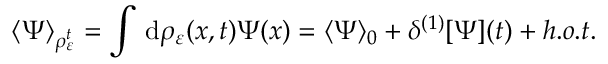
\langle \Psi \rangle _ { \rho _ { \varepsilon } ^ { t } } = \int \, \mathrm { d } \rho _ { \varepsilon } ( \boldsymbol { x } , t ) \Psi ( \boldsymbol { x } ) = \langle \Psi \rangle _ { 0 } + \delta ^ { ( 1 ) } [ \Psi ] ( t ) + h . o . t .